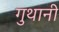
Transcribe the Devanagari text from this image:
गुथानी